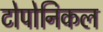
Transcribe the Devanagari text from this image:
टोपोनिकल